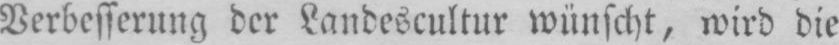
Verbesserung der Landescultur wünscht, wird die